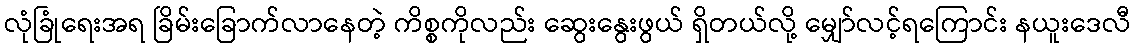
လုံခြုံရေးအရ ခြိမ်းခြောက်လာနေတဲ့ ကိစ္စကိုလည်း ဆွေးနွေးဖွယ် ရှိတယ်လို့ မျှော်လင့်ရကြောင်း နယူးဒေလီ